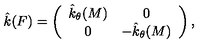
\hat { k } ( F ) = \left( \begin{array} { c c } { \hat { k } _ { \theta } ( M ) } & { 0 } \\ { 0 } & { - \hat { k } _ { \theta } ( M ) } \\ \end{array} \right) ,